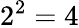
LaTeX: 2^{2}=4